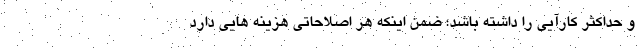
و حداکثر کارآیی را داشته باشد؛ ضمن اینکه هر اصلاحاتی هزینه هایی دارد